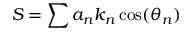
S = \sum a _ { n } k _ { n } \cos ( \theta _ { n } )